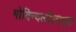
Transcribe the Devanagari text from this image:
गोविन्दलीलामृत